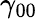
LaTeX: \gamma_{00}